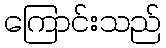
ကြောင်းသည်